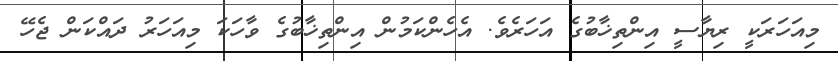
މިއަހަރަކީ ރިޔާސީ އިންތިޚާބުގެ އަހަރެވެ. އެހެންކަމުން އިންތިޚާބުގެ ވާހަކަ މިއަހަރު ދައްކަން ޖެހޭ